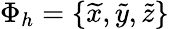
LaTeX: \Phi_{h}=\{ \widetilde{x},\widetilde{y},\widetilde{z}\}